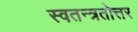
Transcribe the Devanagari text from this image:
स्वतन्त्रतोत्तर